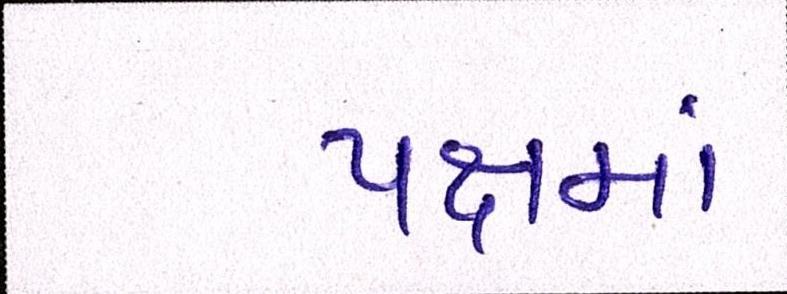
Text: પક્ષમાં